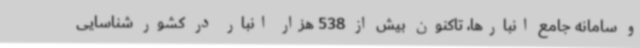
و سامانه جامع انبارها، تاکنون بیش از 538 هزار انبار در کشور شناسایی